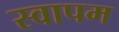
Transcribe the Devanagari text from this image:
स्वापम